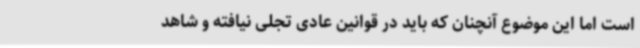
است اما این موضوع آنچنان که باید در قوانین عادی تجلی نیافته و شاهد